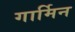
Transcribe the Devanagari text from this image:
गार्मिन